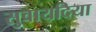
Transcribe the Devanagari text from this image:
सुवायदिया